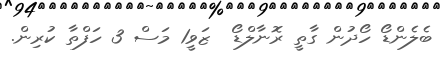
ބެލެންޑޯ ހޯދުން ގާތީ ރޮނާލްޑޯ  ޒަވީ1 މަސް 3 ހަފްތާ ކުރިން.